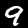
Digit: 9